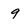
Character: 9